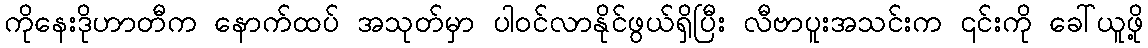
ကိုနေးဒိုဟာတီက နောက်ထပ် အသုတ်မှာ ပါဝင်လာနိုင်ဖွယ်ရှိပြီး လီဗာပူးအသင်းက ၎င်းကို ခေါ်ယူဖို့